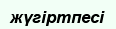
жүгіртпесі